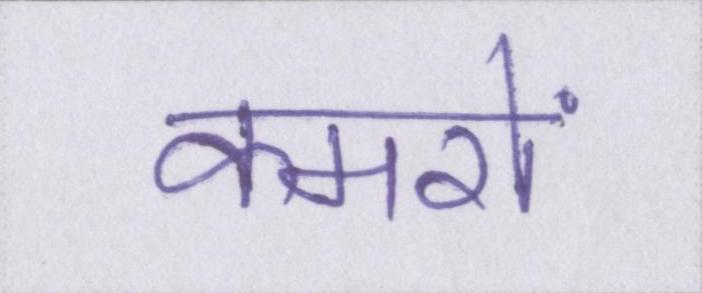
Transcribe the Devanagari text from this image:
कमरों